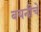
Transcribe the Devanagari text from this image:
बयनीचे